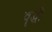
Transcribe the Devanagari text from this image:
वॄद्धी